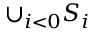
\cup _ { i < 0 } S _ { i }